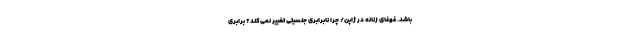
باشد. غوغای زنانه در ژاپن/ چرا نابرابری جنسیتی تغییر نمی‌کند؟ برابری